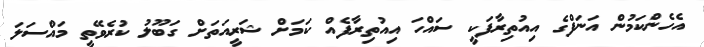
އެހެންކަމުން އަނަފްގެ އިއުތިރާފަކީ ސައްހަ އިއުތިރާފެއް ކަމަށް ޝަރީއަތަށް ގަބޫލު ކުރެވޭތީ މައްސަލަ